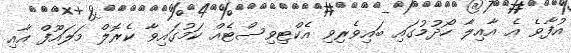
އުފާވެ އެ އާއިލާ ހޯދުމުގައި ބައިވެރިވި އެކްޓިވިސްޓެއް ކަމުގައިވާ ކެރޮލް މަލައޫފް އާއި